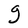
Character: g